Indian Medical Review
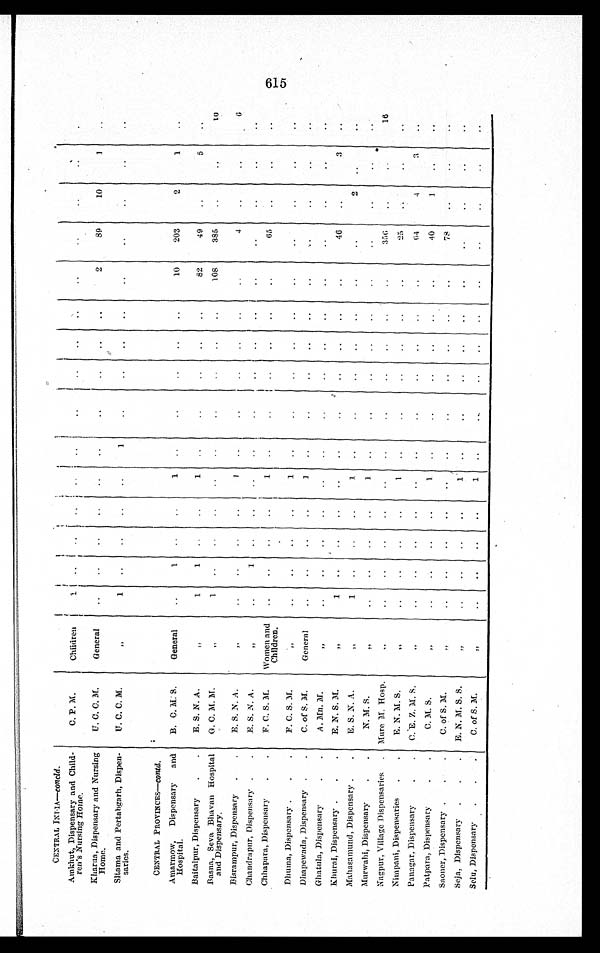
CENTRAL INDIA—concld.
Amkhut, Dispensary and Child-
ren's Nursing Home.
C. P. M.
Children
1
Kharua, Dispensary and Nursing
Home.
U. C. C. M.
General
2
89
10
1
Sitama and Pertabgarh, Dispen-
saries.
U. C. C. M.
„
1
1
CENTRAL PROVINCES—contd.
Amarmow, Dispensary and
Hospital.
B. C. M S.
General
1
1
10
203
2
1
Baitalpur, Dispensary
E. S. N. A.
„
1
1
1
82
49
5
Basna, Seva Bhavan Hospital
and Dispensary.
G. C. M. M.
„
1
108
385
1 0
Bisrampur, Dispensary
E. S. N. A.
„
1
4
6
Chandrapur, Dispensary
E. S. N. A.
„
1
Chhapara, Dispensary
F. C. S. M. Women and
Children.
1
65
Dhuma, Dispensary
F. C. S. M.
„
1
Dhapewada, Dispensary
C. of S. M.
General
1
Ghatula, Dispensary
A. Mn. M.
„
Khurai, Dispensary E. N. S. M.
„
1
46
3
Mahasamund, Dispensary
E. S. N. A
„
1
1
2
Murwahi, Dispensary
N. M. S.
„
1
Nagpur, Village Dispensaries Mure M. Hosp.
„
356
16
Nimpani, Dispensaries
E. N. M. S.
„
1
25
Panagar, Dispensary
C. E. Z. M. S.
„
64
4
3
Patpara, Dispensary
C. M. S
„
1
40
1
Saoner, Dispensary
C. of S. M.
„
78
Seja, Dispensary
E. N. M. S. S.S.
„
1
Selu, Dispensary
C. of S. M.
„
1
615